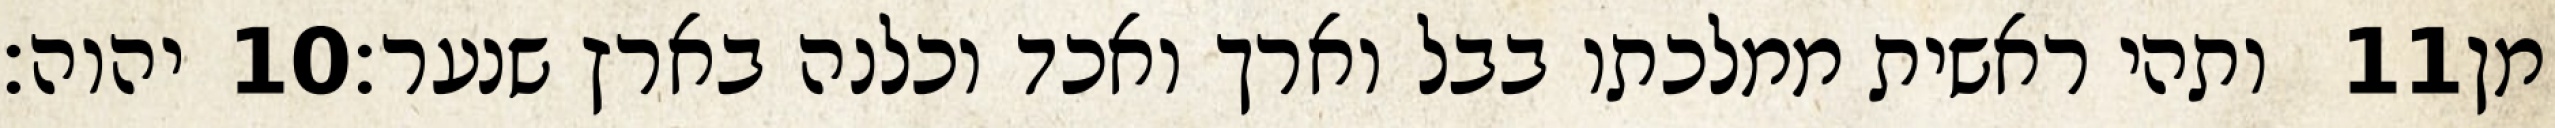
יהוה׃ ‎10‏ ותהי ראשית ממלכתו בבל וארך ואכד וכלנה בארץ שנער׃ ‎11‏ מן